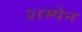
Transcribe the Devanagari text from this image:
शम्पेन